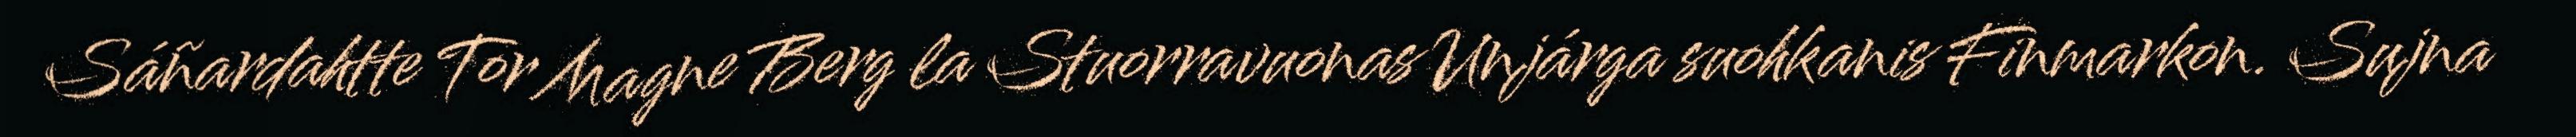
Sáñardahtte Tor Magne Berg la Stuorravuonas Unjárga suohkanis Finmarkon. Sujna